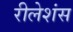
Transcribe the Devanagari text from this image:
रीलेशंस